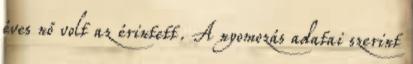
éves nő volt az érintett. A nyomozás adatai szerint